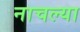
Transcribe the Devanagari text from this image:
नाचल्या